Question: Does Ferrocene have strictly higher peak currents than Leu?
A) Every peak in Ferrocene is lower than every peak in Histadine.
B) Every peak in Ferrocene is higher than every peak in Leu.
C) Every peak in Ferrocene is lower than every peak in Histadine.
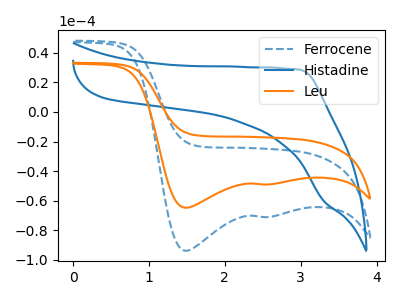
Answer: <think>The blue dashed curve "Ferrocene" has cathodic peaks at (1.50V, -93.90uA) (2.50V, -71.05uA). The blue curve "Histadine" has no peaks. The orange curve "Leu" has cathodic peaks at (1.50V, -64.75uA) (2.50V, -49.00uA).</think>
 <answer>B) Every peak in "Ferrocene" is higher than every peak in "Leu".</answer>
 <eval>B</eval>